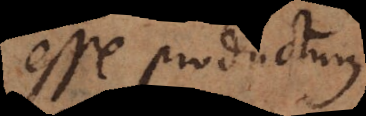
esse productum